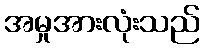
အမှုအားလုံးသည်